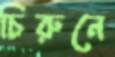
চিরুনে